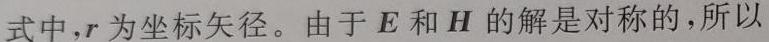
式中,$r$ 为坐标矢径。由于 $\boldsymbol{E}$ 和 $\boldsymbol{H}$ 的解是对称的,所以